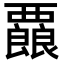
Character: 𮗇